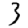
Digit: 3